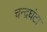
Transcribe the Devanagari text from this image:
चन्द्रघंटा